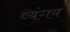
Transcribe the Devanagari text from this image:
व्यंगय